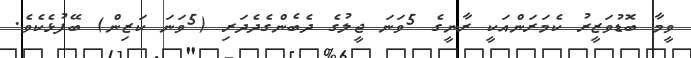
ވީމާ ބޮޑުވަޒީރު ކެމަރަންއަކީ ރާނީގެ 5ވަނަ ޖީލުގެ ދެބެންގެދެދަރި (5ވަނަ ކަޒިން) ބޭފުޅެކެވެ.